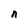
Character: n